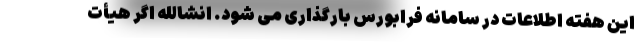
این هفته اطلاعات در سامانه فرابورس بارگذاری می شود. انشالله اگر هیأت